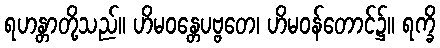
ရဟန္တာတို့သည်။ ဟိမဝန္တေပဗ္ဗတေ၊ ဟိမဝန်တောင်၌။ ရက္ခိ